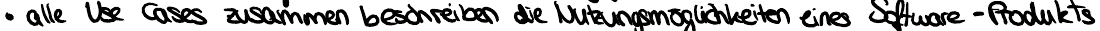
alle Use Cases zusammen beschreiben die Nutzungsmöglichkeiten eines Software-Produkts